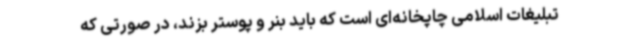
تبلیغات اسلامی چاپخانه‌ای است که باید بنر و پوستر بزند، در صورتی که